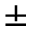
\pm